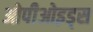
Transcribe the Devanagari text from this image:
ओपीओइड्स